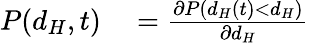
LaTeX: \begin{array}{rl}{P(d_{H},t)}&{{}=\frac{\partial P(d_{H}(t)<d_{H})}{\partial d_{H}}}\end{array}